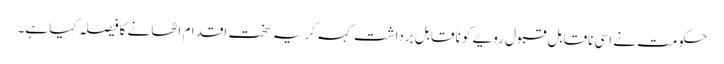
حکومت نے اسی ناقابلِ قبول رویے کو نا قابلِ برداشت کہہ کر یہ سخت اقدام اٹھانے کا فیصلہ کیا ہے۔